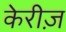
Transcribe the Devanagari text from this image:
केरीज़